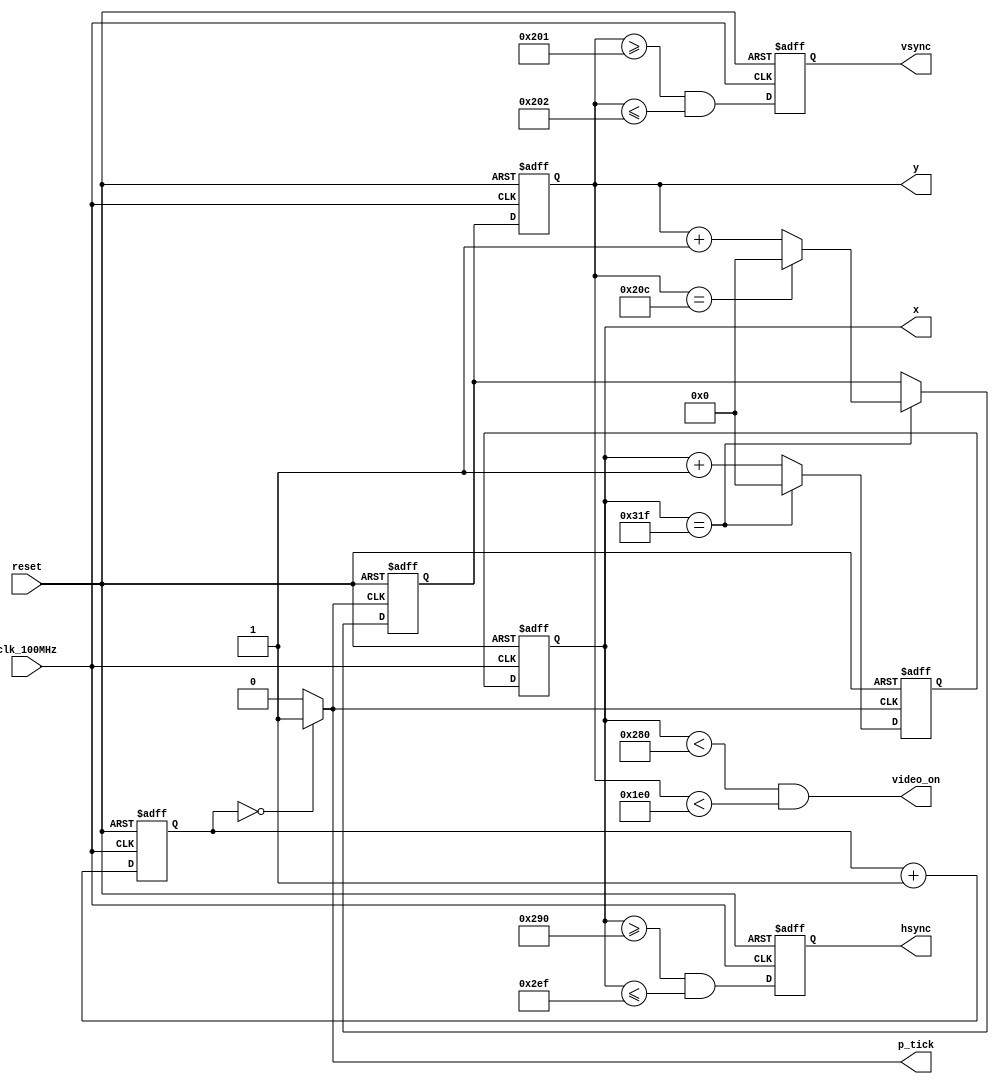

//////////////////////////////////////////////////////////////////////////////////
// Reference Book: 
// Chu, Pong P.
// Wiley, 2008
// "FPGA Prototyping by Verilog Examples: Xilinx Spartan-3 Version" 
//////////////////////////////////////////////////////////////////////////////////

module vga_controller(
    input clk_100MHz,   // from Basys 3
    input reset,        // system reset
    output video_on,    // ON while pixel counts for x and y and within display area
    output hsync,       // horizontal sync
    output vsync,       // vertical sync
    output p_tick,      // the 25MHz pixel/second rate signal, pixel tick
    output [9:0] x,     // pixel count/position of pixel x, max 0-799
    output [9:0] y      // pixel count/position of pixel y, max 0-524
    );
    
    // Based on VGA standards found at vesa.org for 640x480 resolution
    // Total horizontal width of screen = 800 pixels, partitioned  into sections
    parameter HD = 640;             // horizontal display area width in pixels
    parameter HF = 48;              // horizontal front porch width in pixels
    parameter HB = 16;              // horizontal back porch width in pixels
    parameter HR = 96;              // horizontal retrace width in pixels
    parameter HMAX = HD+HF+HB+HR-1; // max value of horizontal counter = 799
    // Total vertical length of screen = 525 pixels, partitioned into sections
    parameter VD = 480;             // vertical display area length in pixels 
    parameter VF = 10;              // vertical front porch length in pixels  
    parameter VB = 33;              // vertical back porch length in pixels   
    parameter VR = 2;               // vertical retrace length in pixels  
    parameter VMAX = VD+VF+VB+VR-1; // max value of vertical counter = 524   
    
    // *** Generate 25MHz from 100MHz *********************************************************
	reg  [1:0] r_25MHz;
	wire w_25MHz;
	
	always @(posedge clk_100MHz or posedge reset)
		if(reset)
		  r_25MHz <= 0;
		else
		  r_25MHz <= r_25MHz + 1;
	
	assign w_25MHz = (r_25MHz == 0) ? 1 : 0; // assert tick 1/4 of the time
    // ****************************************************************************************
    
    // Counter Registers, two each for buffering to avoid glitches
    reg [9:0] h_count_reg, h_count_next;
    reg [9:0] v_count_reg, v_count_next;
    
    // Output Buffers
    reg v_sync_reg, h_sync_reg;
    wire v_sync_next, h_sync_next;
    
    // Register Control
    always @(posedge clk_100MHz or posedge reset)
        if(reset) begin
            v_count_reg <= 0;
            h_count_reg <= 0;
            v_sync_reg  <= 1'b0;
            h_sync_reg  <= 1'b0;
        end
        else begin
            v_count_reg <= v_count_next;
            h_count_reg <= h_count_next;
            v_sync_reg  <= v_sync_next;
            h_sync_reg  <= h_sync_next;
        end
         
    //Logic for horizontal counter
    always @(posedge w_25MHz or posedge reset)      // pixel tick
        if(reset)
            h_count_next = 0;
        else
            if(h_count_reg == HMAX)                 // end of horizontal scan
                h_count_next = 0;
            else
                h_count_next = h_count_reg + 1;         
  
    // Logic for vertical counter
    always @(posedge w_25MHz or posedge reset)
        if(reset)
            v_count_next = 0;
        else
            if(h_count_reg == HMAX)                 // end of horizontal scan
                if((v_count_reg == VMAX))           // end of vertical scan
                    v_count_next = 0;
                else
                    v_count_next = v_count_reg + 1;
        
    // h_sync_next asserted within the horizontal retrace area
    assign h_sync_next = (h_count_reg >= (HD+HB) && h_count_reg <= (HD+HB+HR-1));
    
    // v_sync_next asserted within the vertical retrace area
    assign v_sync_next = (v_count_reg >= (VD+VB) && v_count_reg <= (VD+VB+VR-1));
    
    // Video ON/OFF - only ON while pixel counts are within the display area
    assign video_on = (h_count_reg < HD) && (v_count_reg < VD); // 0-639 and 0-479 respectively
            
    // Outputs
    assign hsync  = h_sync_reg;
    assign vsync  = v_sync_reg;
    assign x      = h_count_reg;
    assign y      = v_count_reg;
    assign p_tick = w_25MHz;
            
endmodule